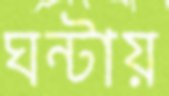
ঘন্টায়